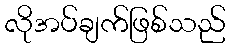
လိုအပ်ချက်ဖြစ်သည်